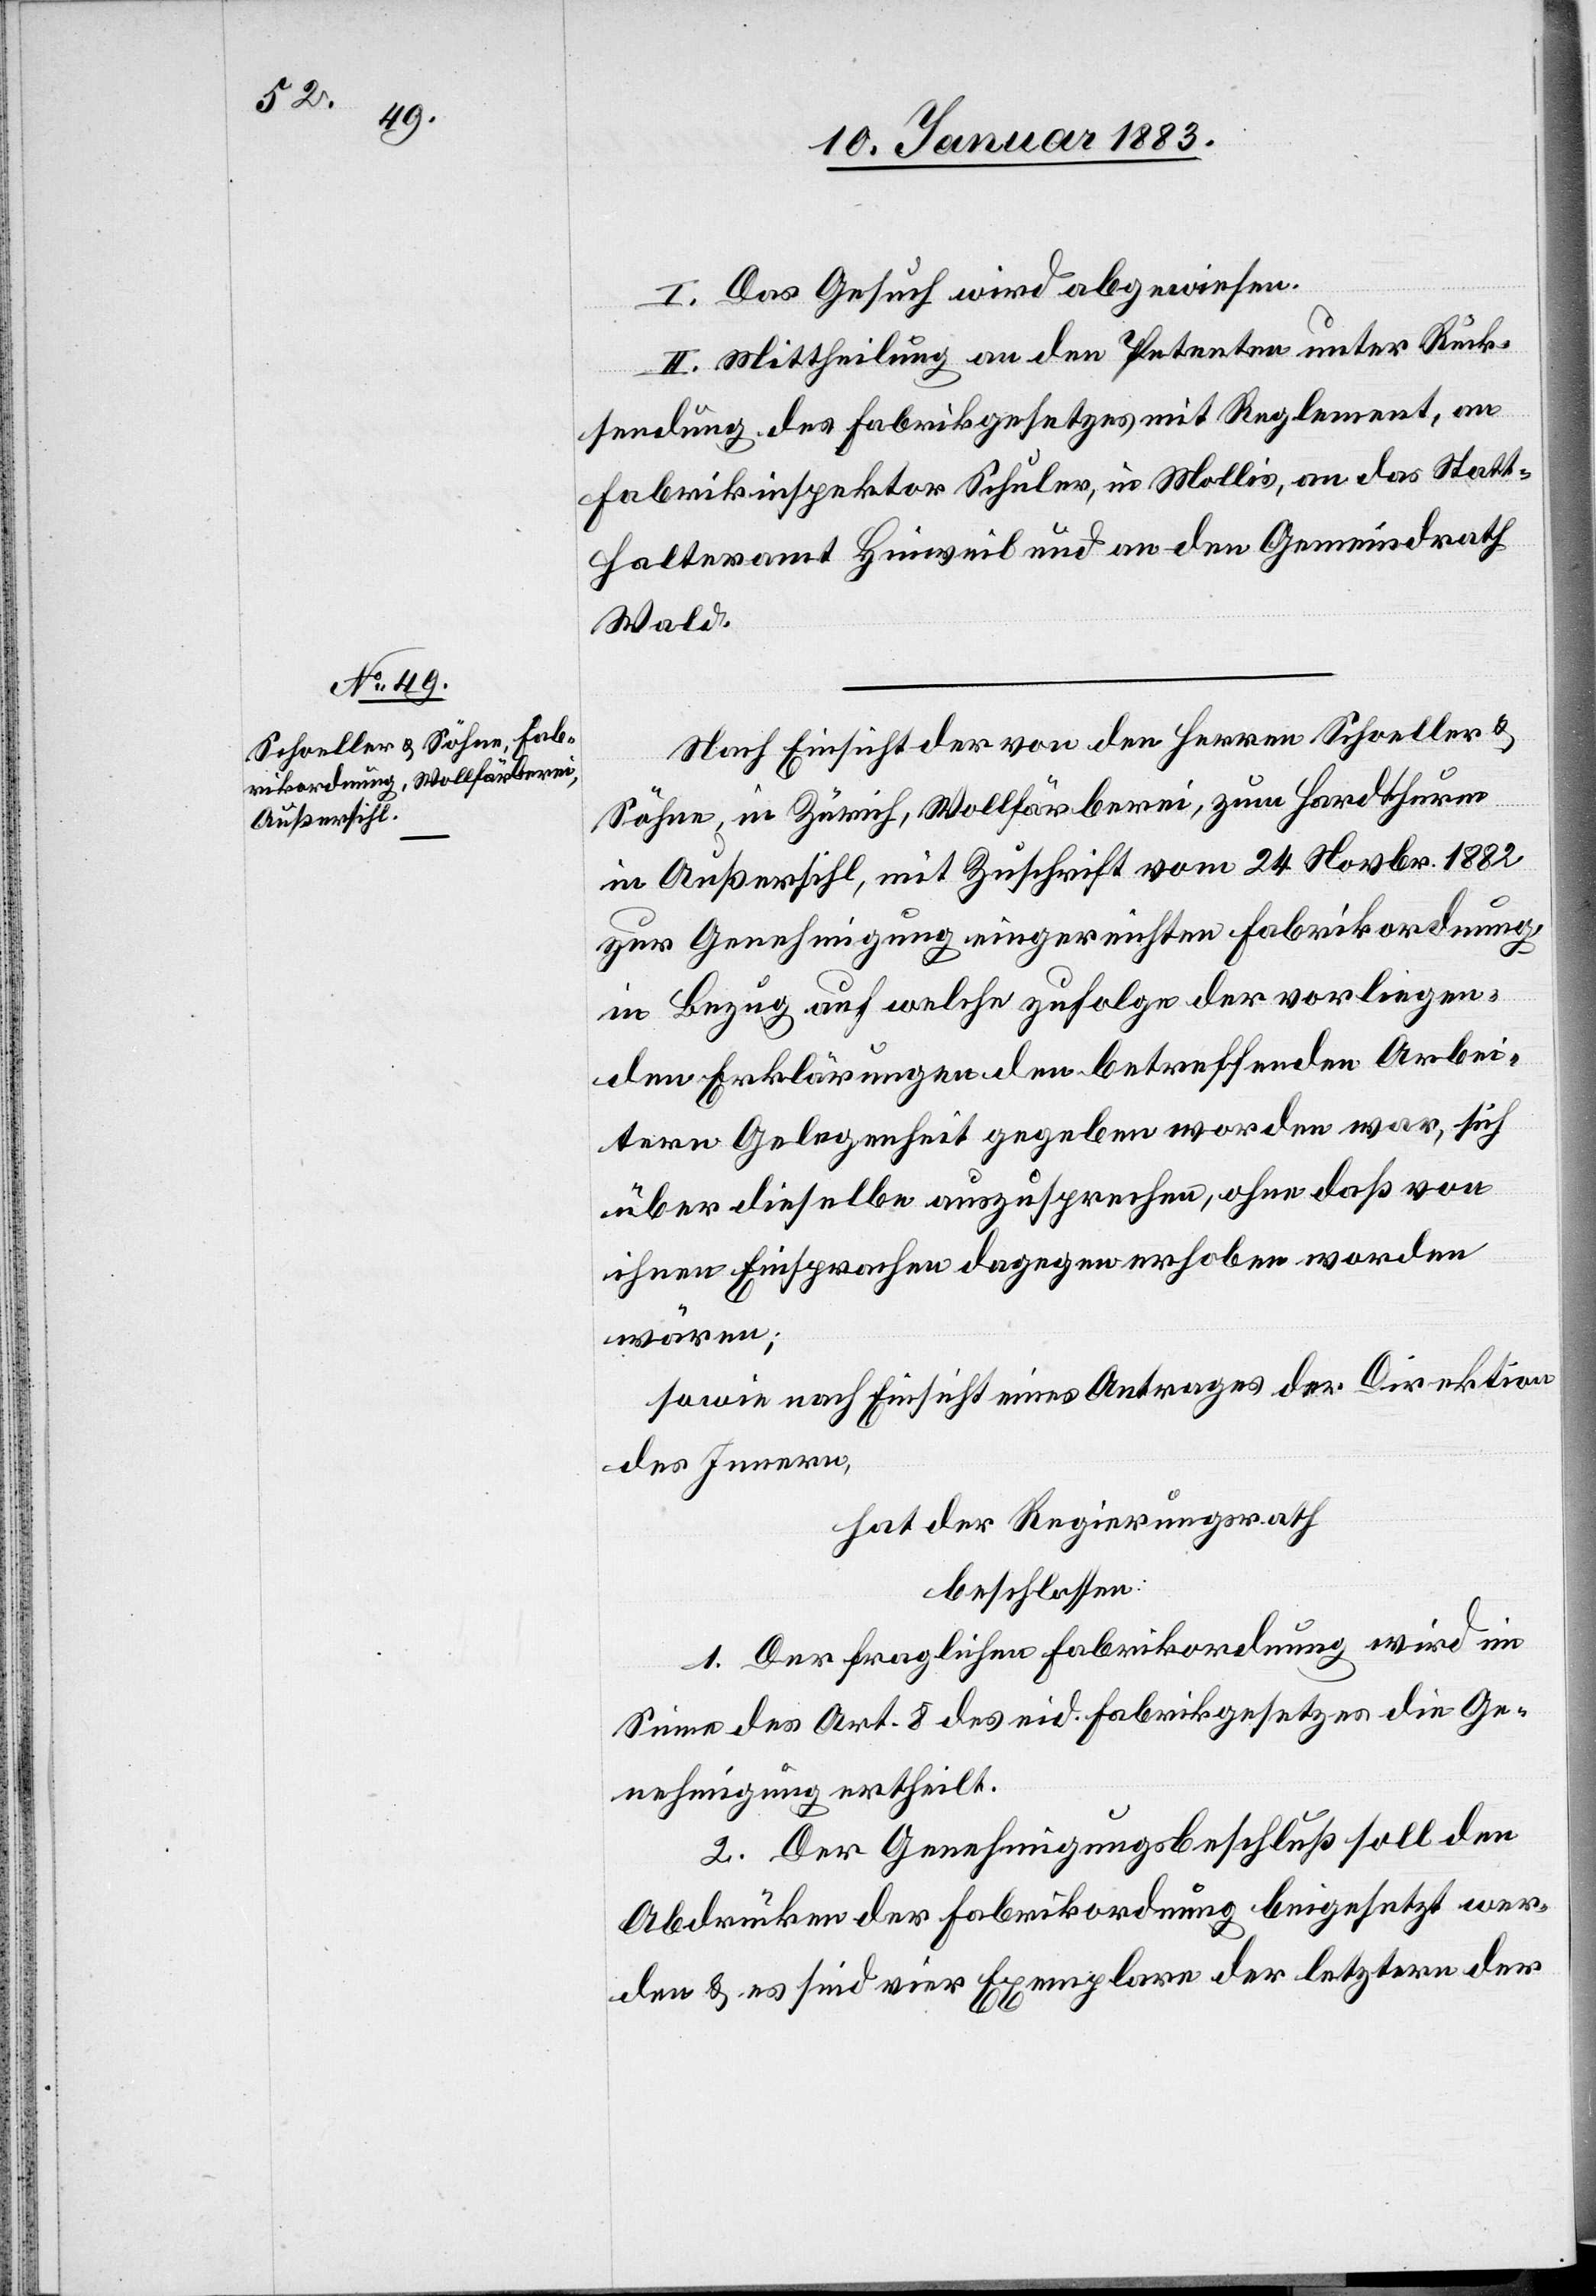
I. Das Gesuch wird abgewiesen.
II. Mittheilung an den Petenten unter Rück¬
sendung des Fabrikgesetzes mit Reglement, an
Fabrikinspektor Schuler, in Mollis, an das Statt¬
halteramt Hinweil und an den Gemeindrath
Wald.
Nach Einsicht der von den Herren Schoeller &
Söhne, in Zürich, Wollfärberei, zum Hardthurm
in Außersihl, mit Zuschrift vom 24. Novbr. 1882
zur Genehmigung eingereichten Fabrikordnung,
in Bezug auf welche zufolge der vorliegen¬
den Erklärungen den betreffenden Arbei¬
tern Gelegenheit gegeben worden war, sich
über dieselbe auszusprechen, ohne daß von
ihnen Einsprachen dagegen erhoben worden
wären;
sowie nach Einsicht eines Antrages der Direktion
des Innern,
hat der Regierungsrath,
beschlossen:
1. Der fraglichen Fabrikordnung wird im
Sinne von Art. 8 des eid. Fabrikgesetzes die Ge¬
nehmigung ertheilt.
2. Der Genehmigungsbeschluß soll den
Abdrücken der Fabrikordnung beigesetzt wer¬
den & es sind vier Exemplare der letztern der